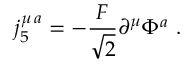
j _ { 5 } ^ { \mu \, a } = - \frac { F } { \sqrt { 2 } } \partial ^ { \mu } \Phi ^ { a } \ .